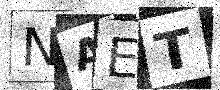
Text: NAET